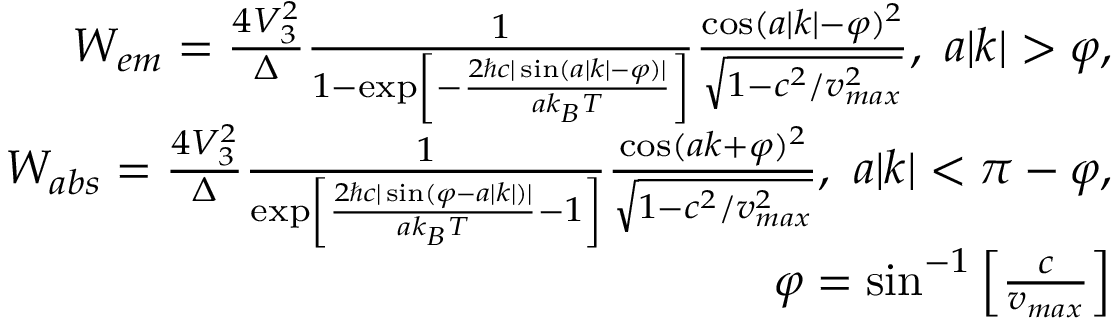
\begin{array} { r } { W _ { e m } = \frac { 4 V _ { 3 } ^ { 2 } } { \Delta } \frac { 1 } { 1 - \exp \left[ - \frac { 2 \hbar c | \sin ( a | k | - \varphi ) | } { a k _ { B } T } \right] } \frac { \cos ( a | k | - \varphi ) ^ { 2 } } { \sqrt { 1 - c ^ { 2 } / v _ { m a x } ^ { 2 } } } , ~ a | k | > \varphi , } \\ { W _ { a b s } = \frac { 4 V _ { 3 } ^ { 2 } } { \Delta } \frac { 1 } { \exp \left[ \frac { 2 \hbar c | \sin ( \varphi - a | k | ) | } { a k _ { B } T } - 1 \right] } \frac { \cos ( a k + \varphi ) ^ { 2 } } { \sqrt { 1 - c ^ { 2 } / v _ { m a x } ^ { 2 } } } , ~ a | k | < \pi - \varphi , } \\ { \varphi = \sin ^ { - 1 } \left[ \frac { c } { v _ { m a x } } \right] } \end{array}